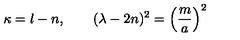
\kappa = l - n , \qquad ( \lambda - 2 n ) ^ { 2 } = \left( { \frac { m } { a } } \right) ^ { 2 }